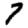
Digit: 7